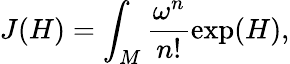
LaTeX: J(H)=\int_{M}\frac{\omega^{n}}{n!}\exp(H),